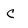
Character: c